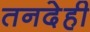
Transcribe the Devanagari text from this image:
तनदेही